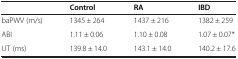
<table><thead><tr><td></td><td><b>Control</b></td><td><b>RA</b></td><td><b>IBD</b></td></tr></thead><tbody><tr><td>baPWV (m/s)</td><td>1345 ± 264</td><td>1437 ± 216</td><td>1382 ± 259</td></tr><tr><td>ABI</td><td>1.11 ± 0.06</td><td>1.10 ± 0.08</td><td>1.07 ± 0.07*</td></tr><tr><td>UT (ms)</td><td>139.8 ± 14.0</td><td>143.1 ± 14.0</td><td>140.2 ± 17.6</td></tr></tbody></table>